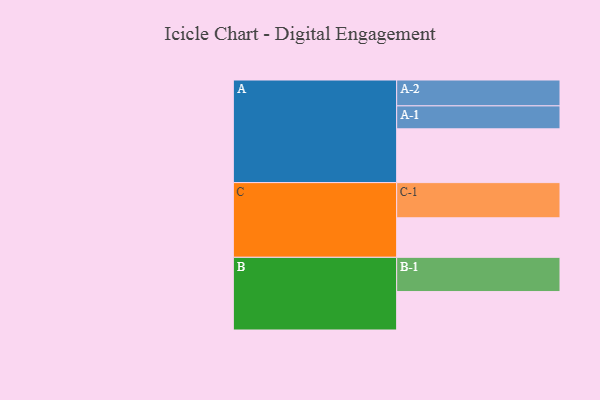
{"axis": {"x": "Segment", "y": "Value"}, "legend": ["", "A", "B", "C"], "data": [{"x": "A", "y": 449, "type": ""}, {"x": "B", "y": 321, "type": ""}, {"x": "C", "y": 330, "type": ""}, {"x": "A-1", "y": 192, "type": "A"}, {"x": "A-2", "y": 216, "type": "A"}, {"x": "B-1", "y": 286, "type": "B"}, {"x": "C-1", "y": 294, "type": "C"}]}